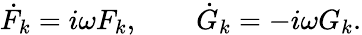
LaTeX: \dot{F}_{k}=i\omega F_{k},\qquad\dot{G}_{k}=-i\omega G_{k}.